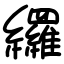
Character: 纙